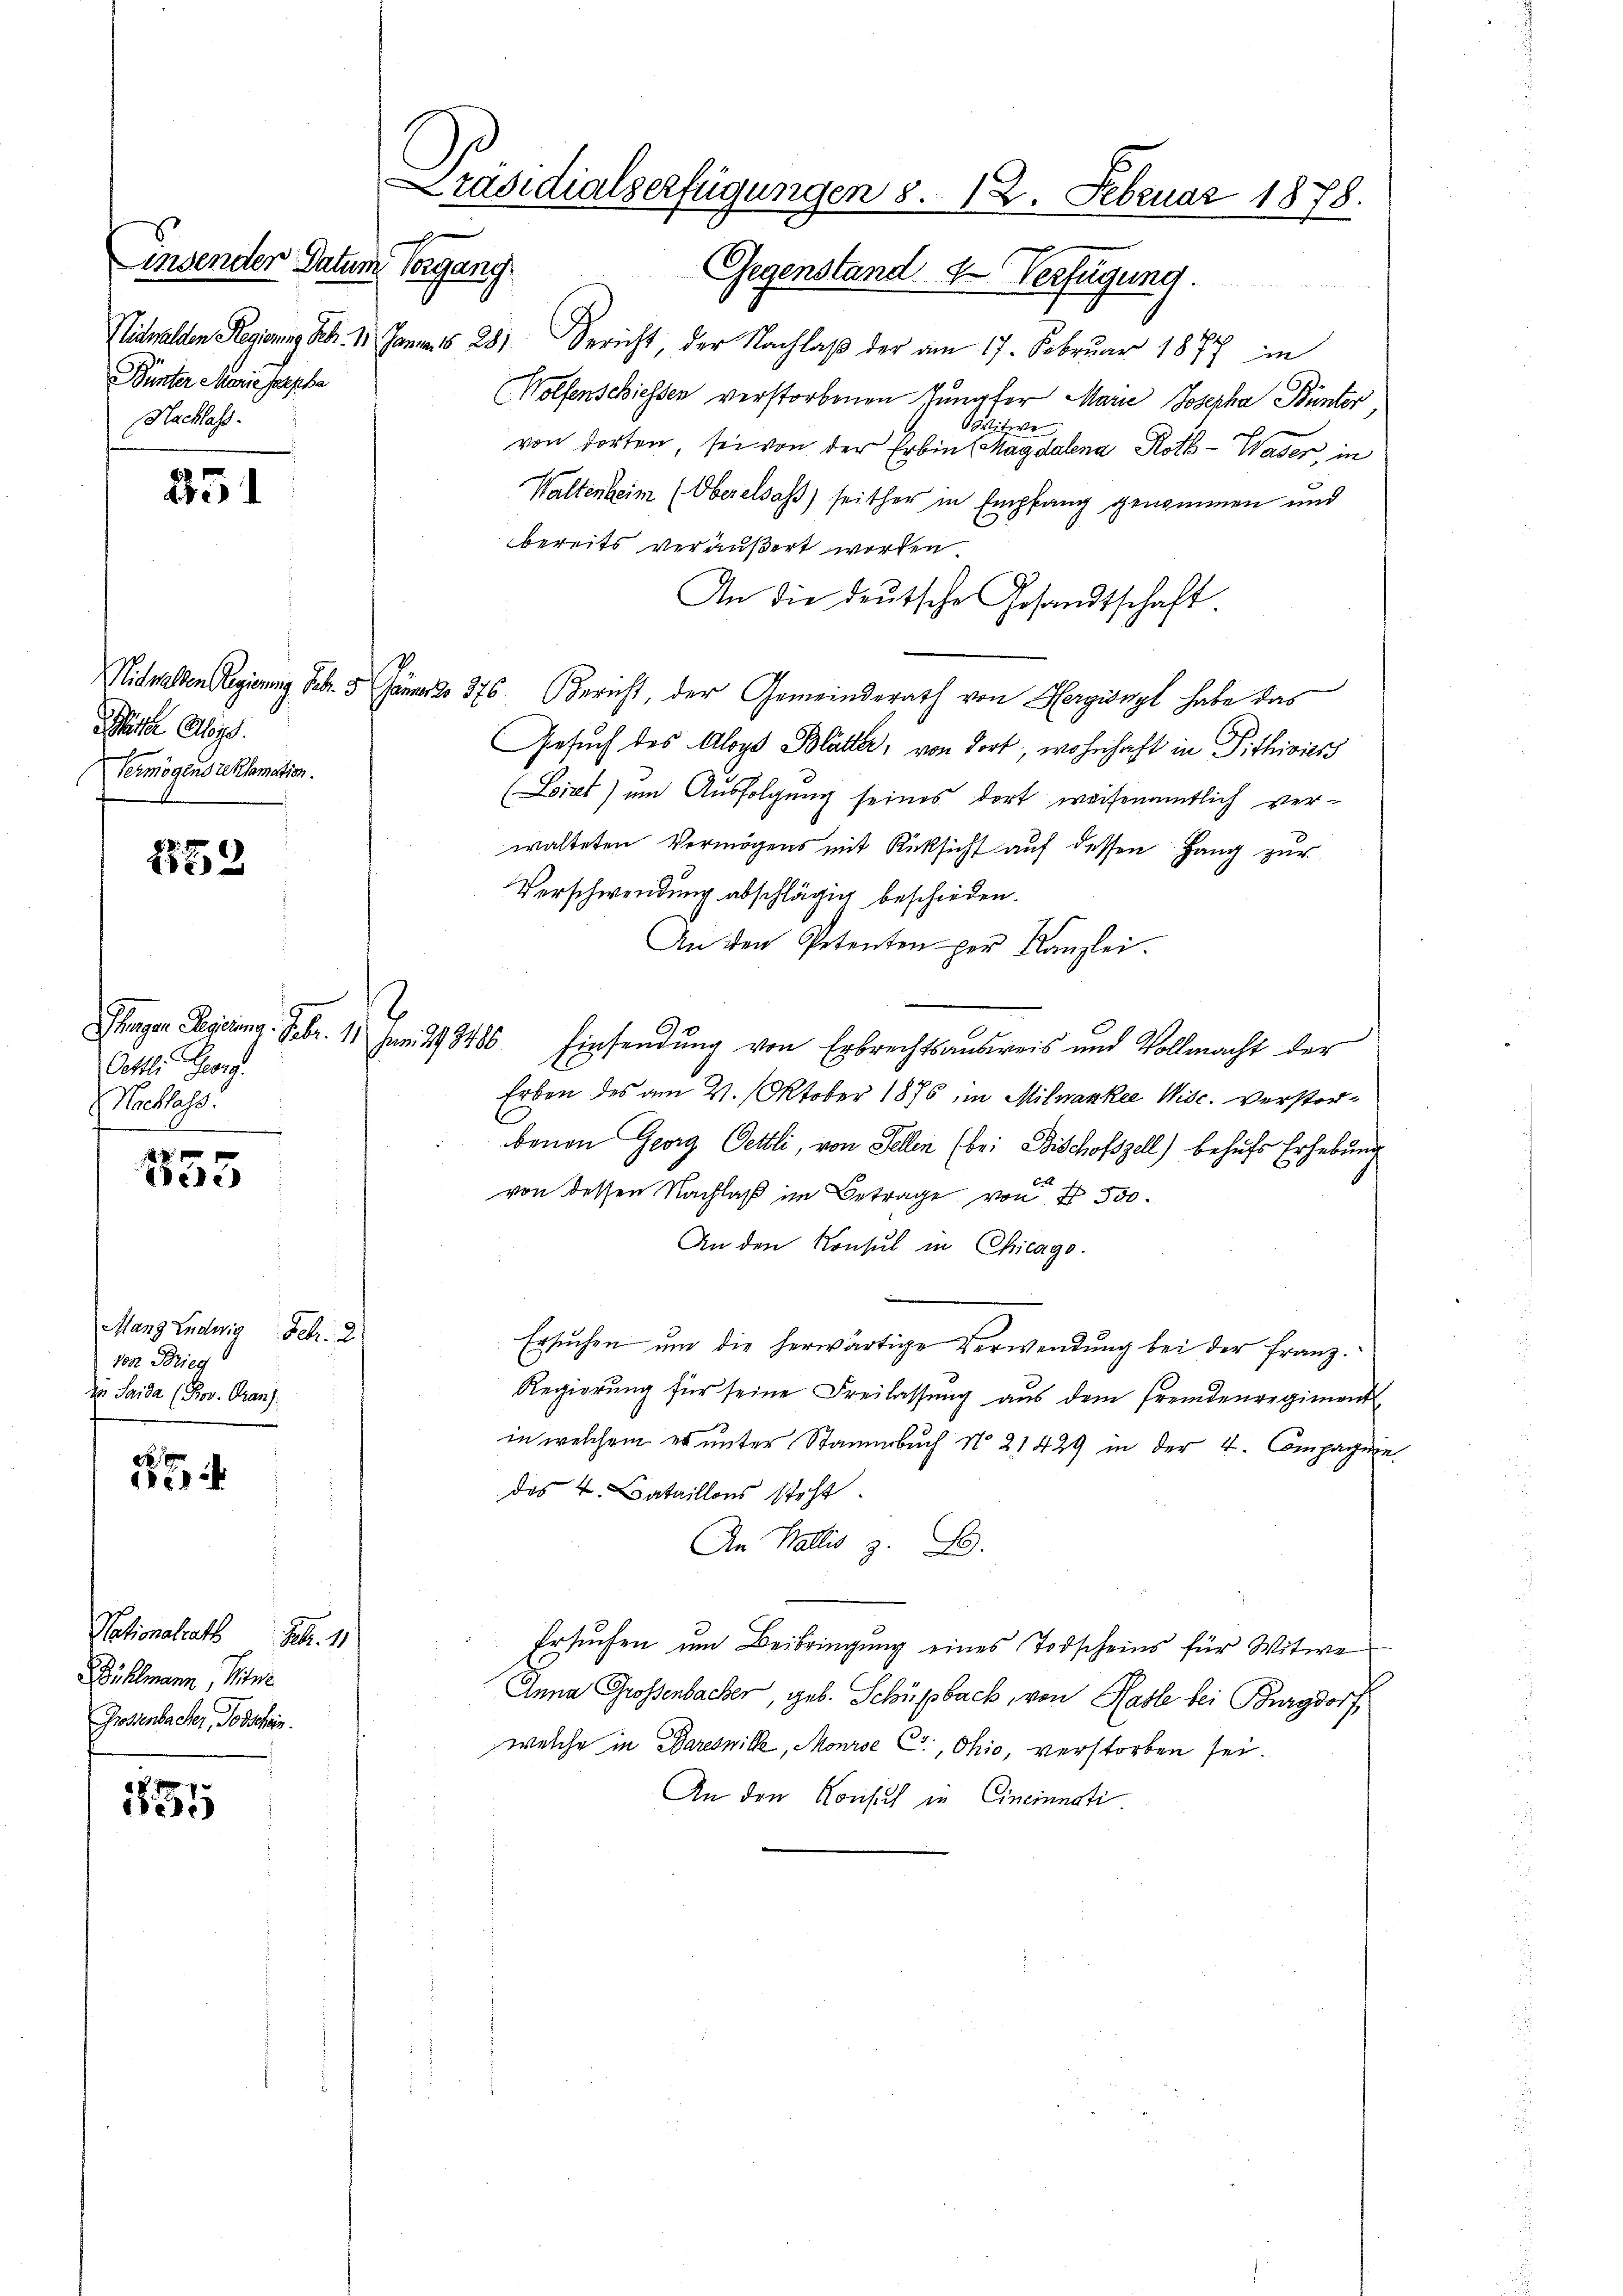
insender Datum Vorgang
Nidwalden Regierung Febr. 11. Januar 18. 281
Bunter Marie Porphe
Nachlass.

251

üster Aloys.
Vermögens reklamation.

Oettli. Georg.
Nachlass.

180

Mang Ludwig Febr. 2.
von Brieg
in Saida (Prov. Gran

d
di

1835

252

Nationalrat . . 11
Bühlmann, Witwe
Grossenbacher, Todschein.

Gegenstand 2 Verfügung.
Gericht der Nachlaß der am 17. Februar 1877 im
Wolfenschiessen verstorbenen Jungfer Marie Josepha Bünter
witwe
von dorten, sei von der Erbint Magdalena Roth - Waser, in
Waltenheim (Oberelsass seither in Empfang genommen und
bereits veräußert worden
An die deŭtsche Gesandtschaft.
Nidwalden Regierung Febr. 5 Jänner 376. Bericht, der Gemeinderath von Hergisnyl habe das
Gesuch des Aloys Blätter, von dort, wohnhaft in Pithivier
(Loirt) um Ausfolgung seines dort weisenamtlich verwalteten Vermögens mit Rücksicht auf dessen Hang zur
Verschwendung abschlägig beschieden.
An den Petenten per Kanzlei.
Phagen Regierung. Febr. 11 Juni 193486. Einsendung von Erbrechtsausweis und Vollmacht der
Erben des am 21. Oktober 1876 im Milwankee Wisc. versterbenen Georg Oettli, von Sellen (bei Bischofszell) behufs Erhebung
von dessen Nachlaß im Betrage von 500.
An den Konsul in Chicago.
Ersuchen und die herwärtige Verwendung bei der Franz.
Regierung für seine Freilassung aus dem Fremdenregiment
in welchem es unter Stammbuch No. 21429 in der 4. Compagnie
des 4. Bataillons steht
An Wallis z. B.
Ersuchen um Beibringung eines Todscheins für Witwe
Anna Grossenbacher, geb. Schüpback, von Hasle bei Burgdorf
welche in Baresnille, Mourse C, Ohio, verstorben sei.
An den Konsuch in Cincinati

Präsidialserfügungen 8. 12. Februar 1878.